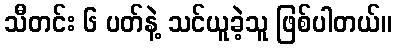
သီတင်း ၆ ပတ်နဲ့ သင်ယူခဲ့သူ ဖြစ်ပါတယ်။